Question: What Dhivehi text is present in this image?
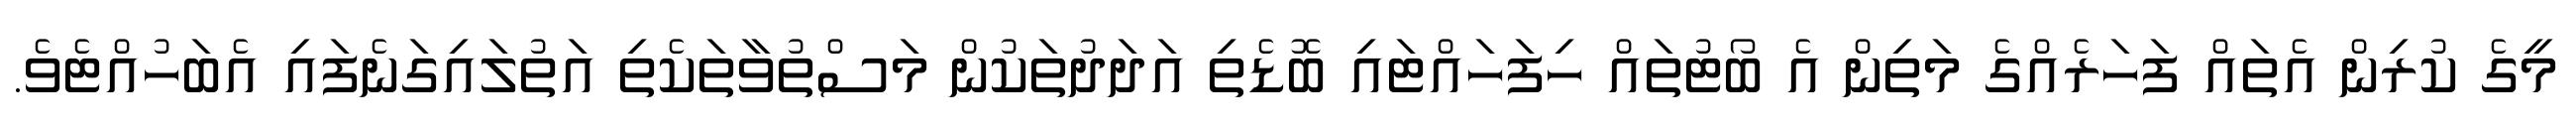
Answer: މީގެ ކުރިން އެތައް ފަހަރެއްގެ މަތިން އެ ބޯޓުތައް ހިފަހައްޓައި ބޮޑެތި އަދަދުތަކުން މަސްތުވާތަކެތި އަތުލައިގަނެފައި އެބަހުއްޓެވެ.